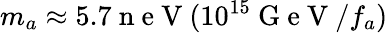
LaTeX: m_{a}\approx 5.7\mathrm{~n~e~V~}(10^{15}\mathrm{~G~e~V~}/f_{a})